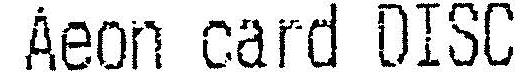
AEON CARD DISC